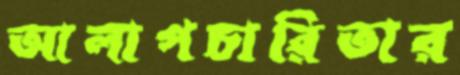
আলাপচারিতার